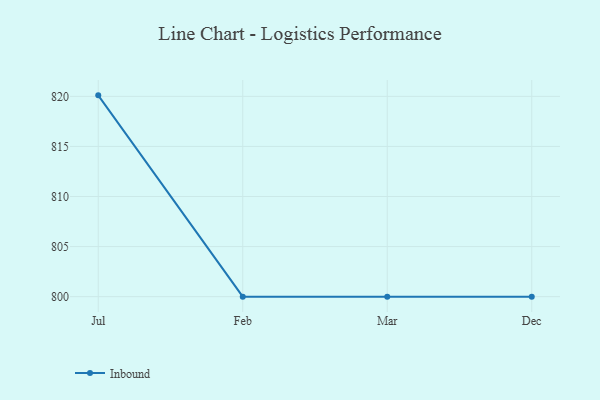
{"axis": {"x": "Month", "y": "Temperature (°C)"}, "legend": ["Inbound"], "data": [{"x": "Jul", "y": 820.1, "type": "Inbound"}, {"x": "Feb", "y": 800, "type": "Inbound"}, {"x": "Mar", "y": 800, "type": "Inbound"}, {"x": "Dec", "y": 800, "type": "Inbound"}]}